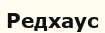
Редхаус